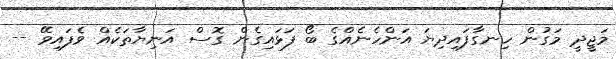
މަޖީދީ މަގުން ހިނގާފައިދިޔަ އަންހެނެއްގެ ބޯ ފަޅައިގެން ގޮސް އަނިޔާތަކެއް ވެފައިވޭ --